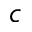
c